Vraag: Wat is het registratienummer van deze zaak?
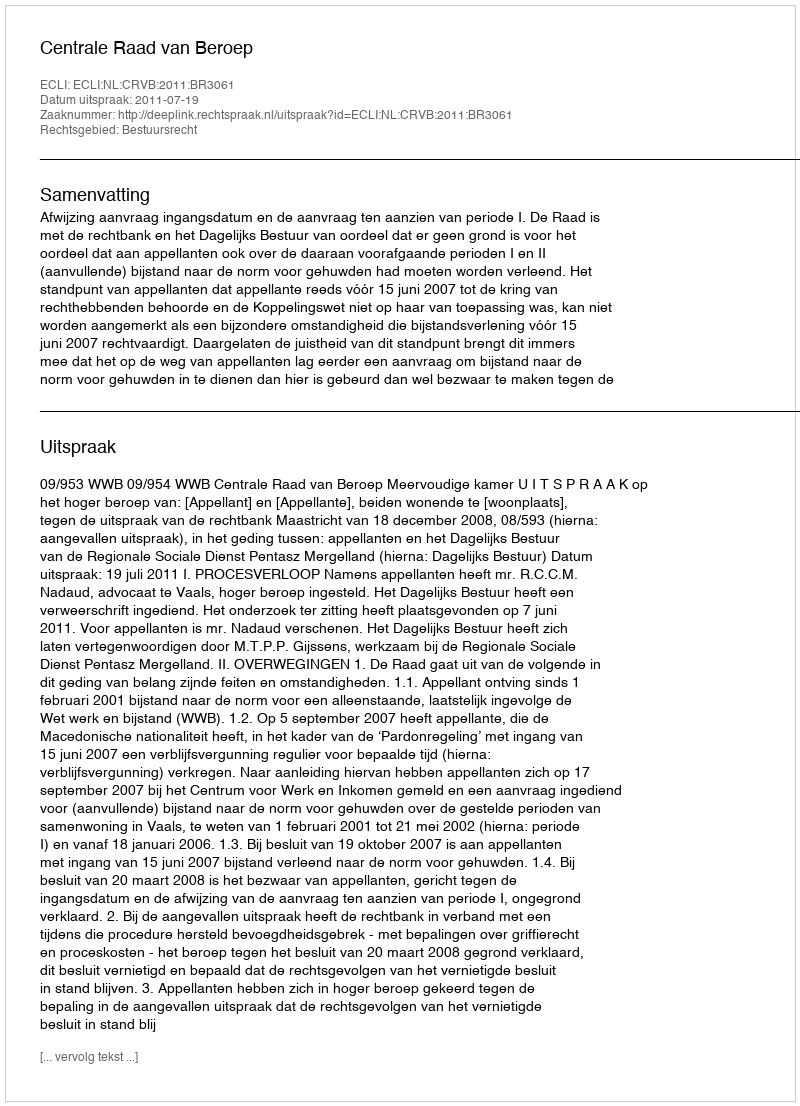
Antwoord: http://deeplink.rechtspraak.nl/uitspraak?id=ECLI:NL:CRVB:2011:BR3061